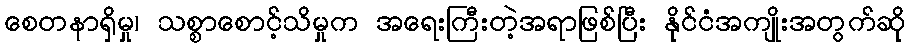
စေတနာရှိမှု၊ သစ္စာစောင့်သိမှုက အရေးကြီးတဲ့အရာဖြစ်ပြီး နိုင်ငံအကျိုးအတွက်ဆို